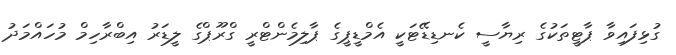
ގުޅިފައިވާ ޕާޓީތަކުގެ ރިޔާސީ ކެނޑިޑޭޓަކީ އެމްޑީޕީގެ ޕާލިމެންޓްރީ ގްރޫޕްގެ ލީޑަރު އިބްރާހިމް މުހައްމަދު